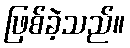
ဖြစ်ခဲ့သည်။